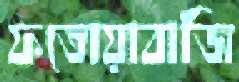
ফতোয়াবাজি